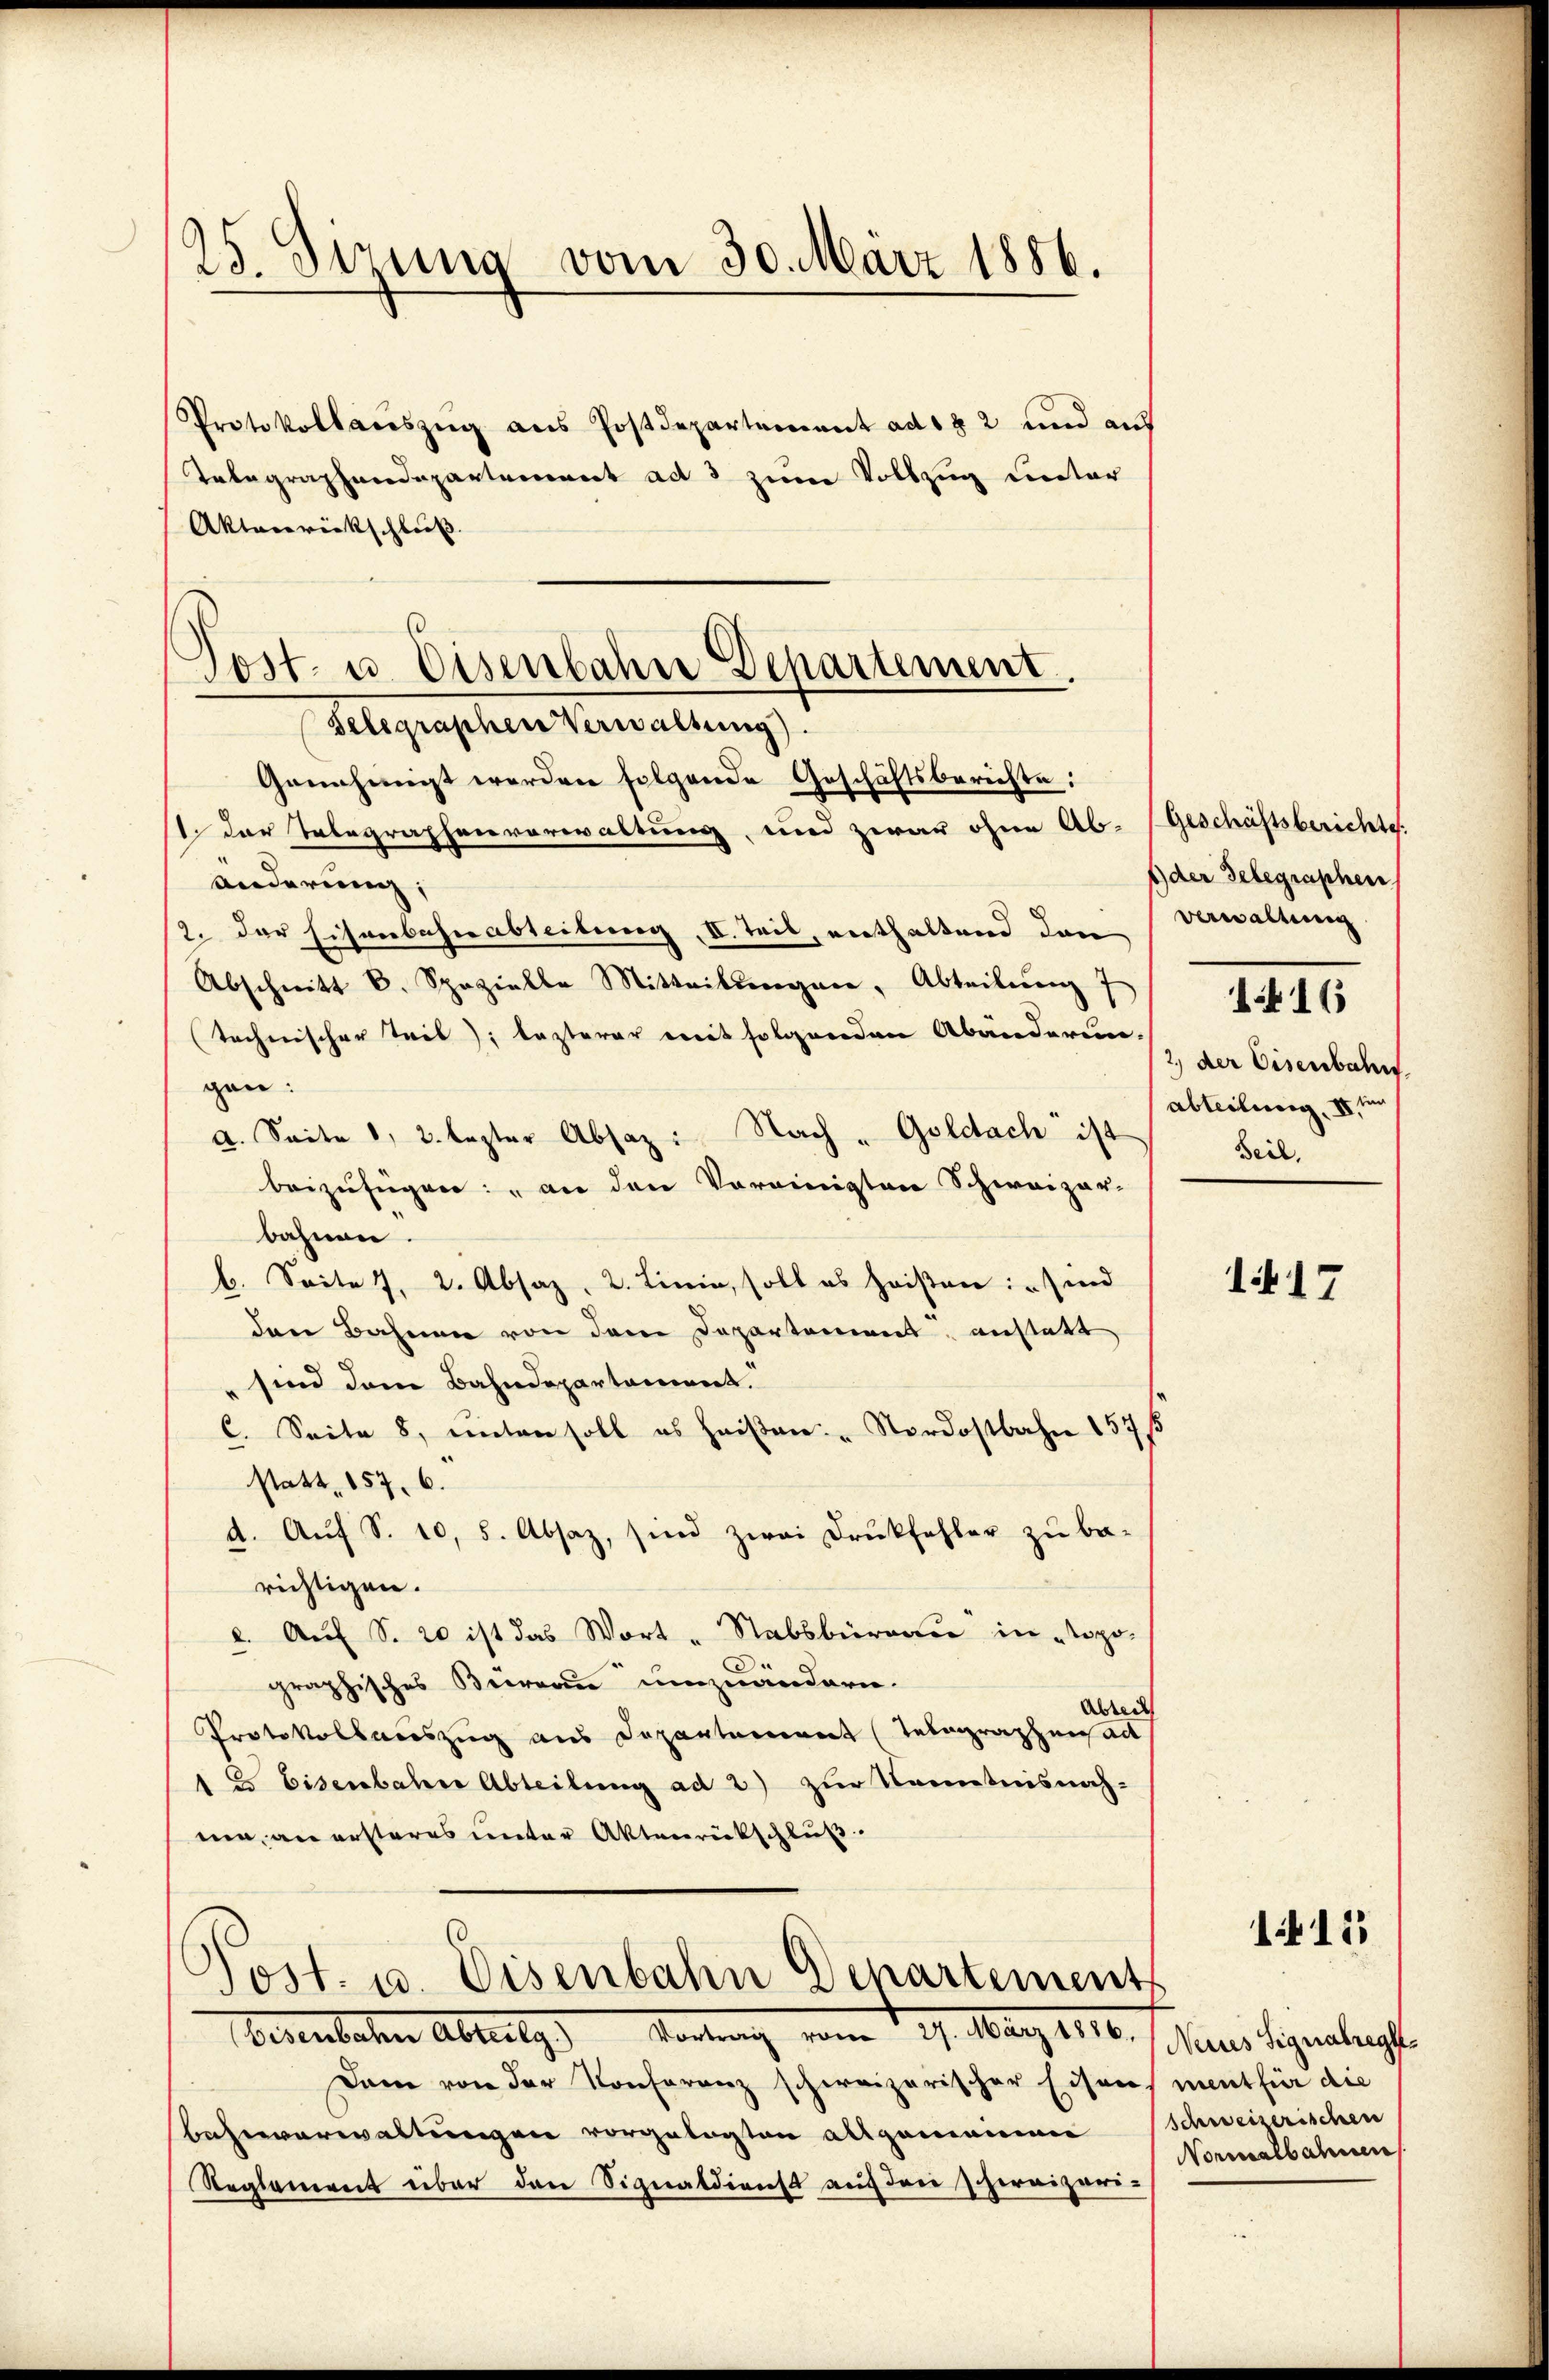
25. Sizung vom 30. März 1886.

Protokollaŭszŭg aŭs Postdepartement ad 1 § 2 und aus
Telegraphendepartement ad 3 zum Vollzug unter
Aktenrückschluß
Tost- u. Eisenbahne Departement

Selegraphen Verwaltung).
Genehmigt werden folgende Geschäftsberichte:
I. Der Telegraphenverwaltung, und zwar ohne Ab- (Geschäftsberichte.

Post. u. Eisenbahn Departement

änderung;
2. der Eisenbahnableitung, II. Teil, enthaltend den
Abschnitt d. Spezielle Mitteilŭngen, Abteilŭng 7
technischer Teil), lezterer mit folgenden Abänderun
gen:
a. Seite 1, 3. lezter Absaz: Nach - Goldach ist
beizufügen: „an den Vereinigten Schweizer-
bahnen
l. Seite 1. 2. Absaz, 2. Linie, soll es heißen: sind
der Bahnen von dem Departement, anstatt
sind dem Bahndepartement.
C. Seite 8, unten soll es heiβen "Nordostbahn 157
statt, 157. 6.
d. Auf S. 10, s. Absaz, sind zwei Druckfehler zu be-
richtigen.
l. Auf S. 20 ist das Wort Stabsbureau in Topographisches Büreau umzuändern.
Abreit
Protokollauszug aus Departement (Telegraphensact
E Eisenbahne Abteilung ad 2) zur Kenntnisnah-
me, an ersteres unter Aktenrückschluß.

1der Gelegraphen
verwaltung
1416
2) der Eisenbahn.
abteilung IV 1
Beil.

Oesenbahn Abteilg.           . . . . . . . . . . 19. März 1816. aus Signales
Dam von der Konferenz schweizerischer Eisens ment für die
Beherverwaltungen vorgelegten allgemeine Schweizerischen
Reglement über den Signaldienst auf den schweizeri-

1417

111

Normalbahnen